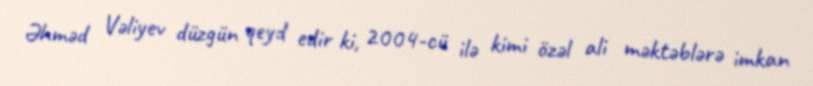
Əhməd Vəliyev düzgün qeyd edir ki, 2004-cü ilə kimi özəl ali məktəblərə imkan